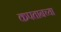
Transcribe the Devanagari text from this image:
कपतानच्या